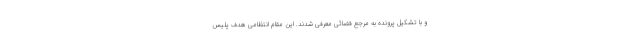
و با تشکیل پرونده به مرجع قضائی معرفی شدند. این مقام انتظامی هدف پلیس